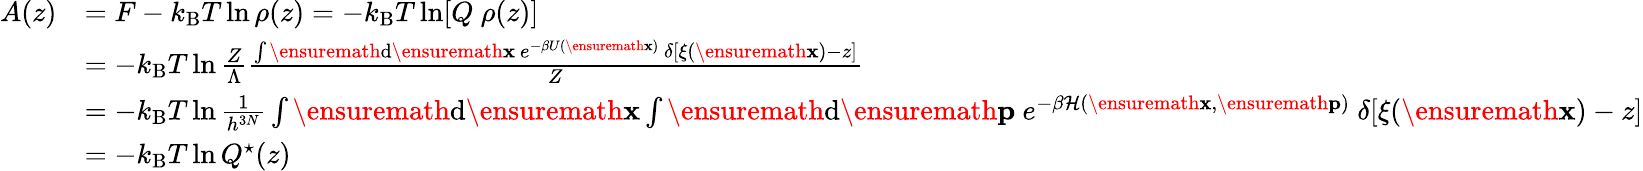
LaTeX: \begin{array}{rl}{A(z)}&{=F-k_{\mathrm{B}}T\ln\rho(z)=-k_{\mathrm{B}}T\ln[Q\ \rho(z)]}\\ &{=-k_{\mathrm{B}}T\ln\frac{Z}{\Lambda}\frac{\int\ensuremath{\mathrm{d}}\ensuremath{\mathbf{x}}\ e^{-\beta U(\ensuremath{\mathbf{x}})}\ \delta[\xi(\ensuremath{\mathbf{x}})-z]}{Z}}\\ &{=-k_{\mathrm{B}}T\ln\frac{1}{h^{3N}}\int\ensuremath{\mathrm{d}}\ensuremath{\mathbf{x}}\int\ensuremath{\mathrm{d}}\ensuremath{\mathbf{p}}\ e^{-\beta\mathcal{H}(\ensuremath{\mathbf{x}},\ensuremath{\mathbf{p}})}\ \delta[\xi(\ensuremath{\mathbf{x}})-z]}\\ &{=-k_{\mathrm{B}}T\ln Q^{\star}(z)}\end{array}